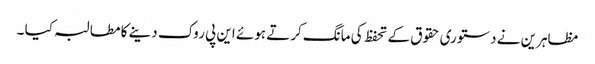
مظاہرین نے دستوری حقوق کے تحفظ کی مانگ کرتے ہوئے این پی روک دینے کا مطالبہ کیا ۔